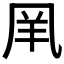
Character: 𠙌